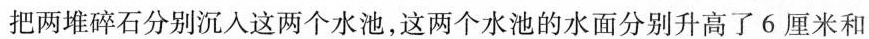
把两堆碎石分别沉入这两个水池，这两个水池的水面分别升高了6厘米和